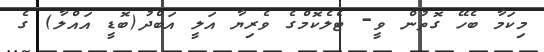
މިކަމާ ބެހޭ ގޮތުން ވީ- ޓެލެކޮމްގެ ވެރިޔާ އަލީ އަބްދު(ބޮޑީ އައްލާ) ގެ